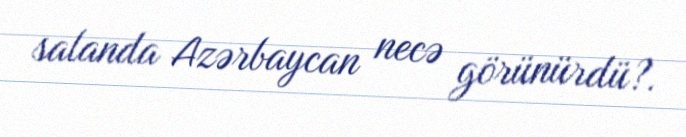
salanda Azərbaycan necə görünürdü?.